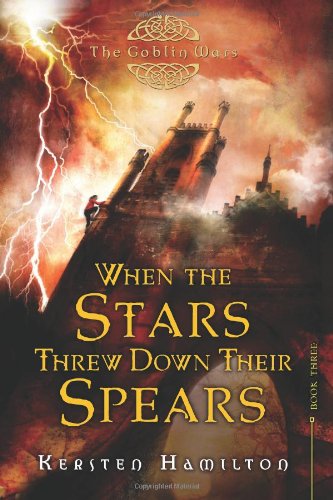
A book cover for When the Stars Threw Down Their Spears: The Goblin Wars, Book Three; Kersten Hamilton; Teen & Young Adult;